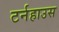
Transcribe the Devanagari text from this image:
टर्नहाउस